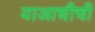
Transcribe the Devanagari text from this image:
याआधीची